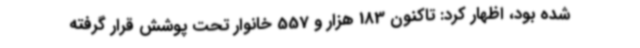
شده بود، اظهار کرد: تاکنون 183 هزار و 557 خانوار تحت پوشش قرار گرفته